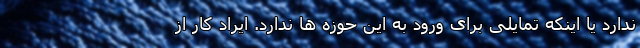
ندارد یا اینکه تمایلی برای ورود به این حوزه ها ندارد. ایراد کار از